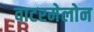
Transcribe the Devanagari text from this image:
वाटरमेलोन